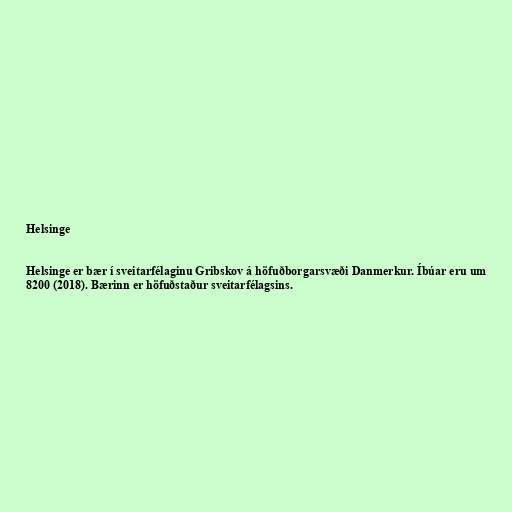
Helsinge

Helsinge er bær í sveitarfélaginu Gribskov á höfuðborgarsvæði Danmerkur. Íbúar eru um
8200 (2018). Bærinn er höfuðstaður sveitarfélagsins.